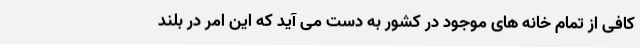
کافی از تمام خانه های موجود در کشور به دست می آید که این امر در بلند